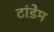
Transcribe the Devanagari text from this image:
टांडेम